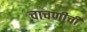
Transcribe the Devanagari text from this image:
चाचणीची